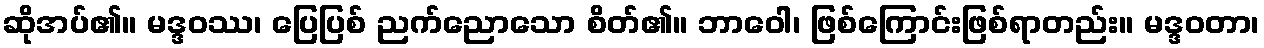
ဆိုအပ်၏။ မဒ္ဒဝဿ၊ ပြေပြစ် ညက်ညောသော စိတ်၏။ ဘာဝေါ၊ ဖြစ်ကြောင်းဖြစ်ရာတည်း။ မဒ္ဒဝတာ၊